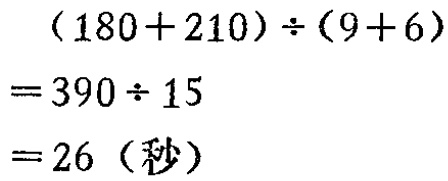
\((180 + 210)\div(9 + 6)\)

\(= 390\div15\)

\(= 26\)（秒）